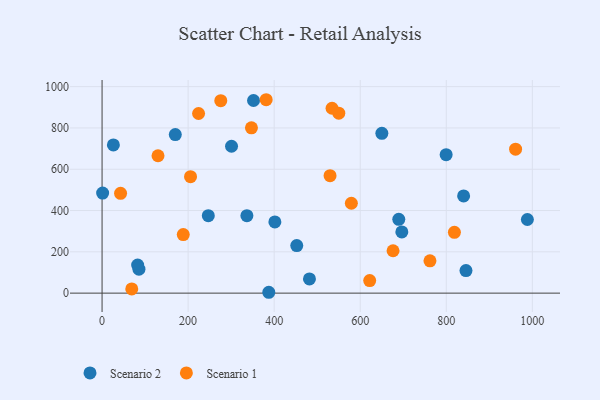
{"axis": {"x": "Engine Size", "y": "Rating"}, "legend": ["Scenario 1", "Scenario 2"], "data": [{"x": "26.3", "y": 717.9, "type": "Scenario 2"}, {"x": "650.3", "y": 774.1, "type": "Scenario 2"}, {"x": "300.9", "y": 711.3, "type": "Scenario 2"}, {"x": "387.5", "y": 4.2, "type": "Scenario 2"}, {"x": "840.3", "y": 470.9, "type": "Scenario 2"}, {"x": "401.6", "y": 344.9, "type": "Scenario 2"}, {"x": "482.0", "y": 68.7, "type": "Scenario 2"}, {"x": "336.6", "y": 375.3, "type": "Scenario 2"}, {"x": "696.7", "y": 296.5, "type": "Scenario 2"}, {"x": "85.7", "y": 116.1, "type": "Scenario 2"}, {"x": "845.8", "y": 109.3, "type": "Scenario 2"}, {"x": "352.0", "y": 933.0, "type": "Scenario 2"}, {"x": "1.3", "y": 484.8, "type": "Scenario 2"}, {"x": "82.7", "y": 136.1, "type": "Scenario 2"}, {"x": "988.5", "y": 356.7, "type": "Scenario 2"}, {"x": "689.6", "y": 357.3, "type": "Scenario 2"}, {"x": "170.2", "y": 768.1, "type": "Scenario 2"}, {"x": "452.5", "y": 230.4, "type": "Scenario 2"}, {"x": "799.7", "y": 670.8, "type": "Scenario 2"}, {"x": "246.9", "y": 375.2, "type": "Scenario 2"}, {"x": "579.4", "y": 435.4, "type": "Scenario 1"}, {"x": "188.7", "y": 283.5, "type": "Scenario 1"}, {"x": "275.9", "y": 932.0, "type": "Scenario 1"}, {"x": "676.3", "y": 205.4, "type": "Scenario 1"}, {"x": "529.9", "y": 569.0, "type": "Scenario 1"}, {"x": "622.0", "y": 60.8, "type": "Scenario 1"}, {"x": "347.2", "y": 800.5, "type": "Scenario 1"}, {"x": "43.0", "y": 483.5, "type": "Scenario 1"}, {"x": "818.9", "y": 294.4, "type": "Scenario 1"}, {"x": "550.2", "y": 871.4, "type": "Scenario 1"}, {"x": "534.5", "y": 895.5, "type": "Scenario 1"}, {"x": "205.6", "y": 563.8, "type": "Scenario 1"}, {"x": "762.1", "y": 156.7, "type": "Scenario 1"}, {"x": "224.3", "y": 869.9, "type": "Scenario 1"}, {"x": "381.4", "y": 936.7, "type": "Scenario 1"}, {"x": "961.1", "y": 697.3, "type": "Scenario 1"}, {"x": "130.0", "y": 665.4, "type": "Scenario 1"}, {"x": "69.0", "y": 20.3, "type": "Scenario 1"}]}